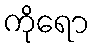
ကိုရော